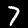
Digit: 7